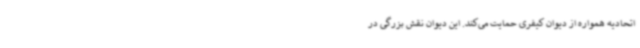
اتحادیه همواره از دیوان کیفری حمایت می‌کند. این دیوان نقش بزرگی در